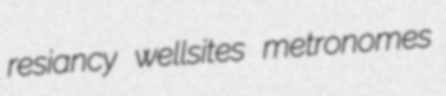
resiancy wellsites metronomes